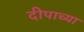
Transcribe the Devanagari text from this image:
दीपाच्या